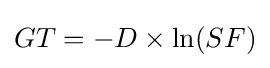
GT=-D\times \ln(SF)